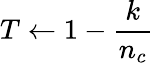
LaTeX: T\gets 1-\frac{k}{n_{c}}